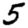
Digit: 5